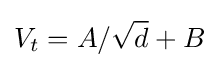
V_{t}=A/{\sqrt {d}}+B